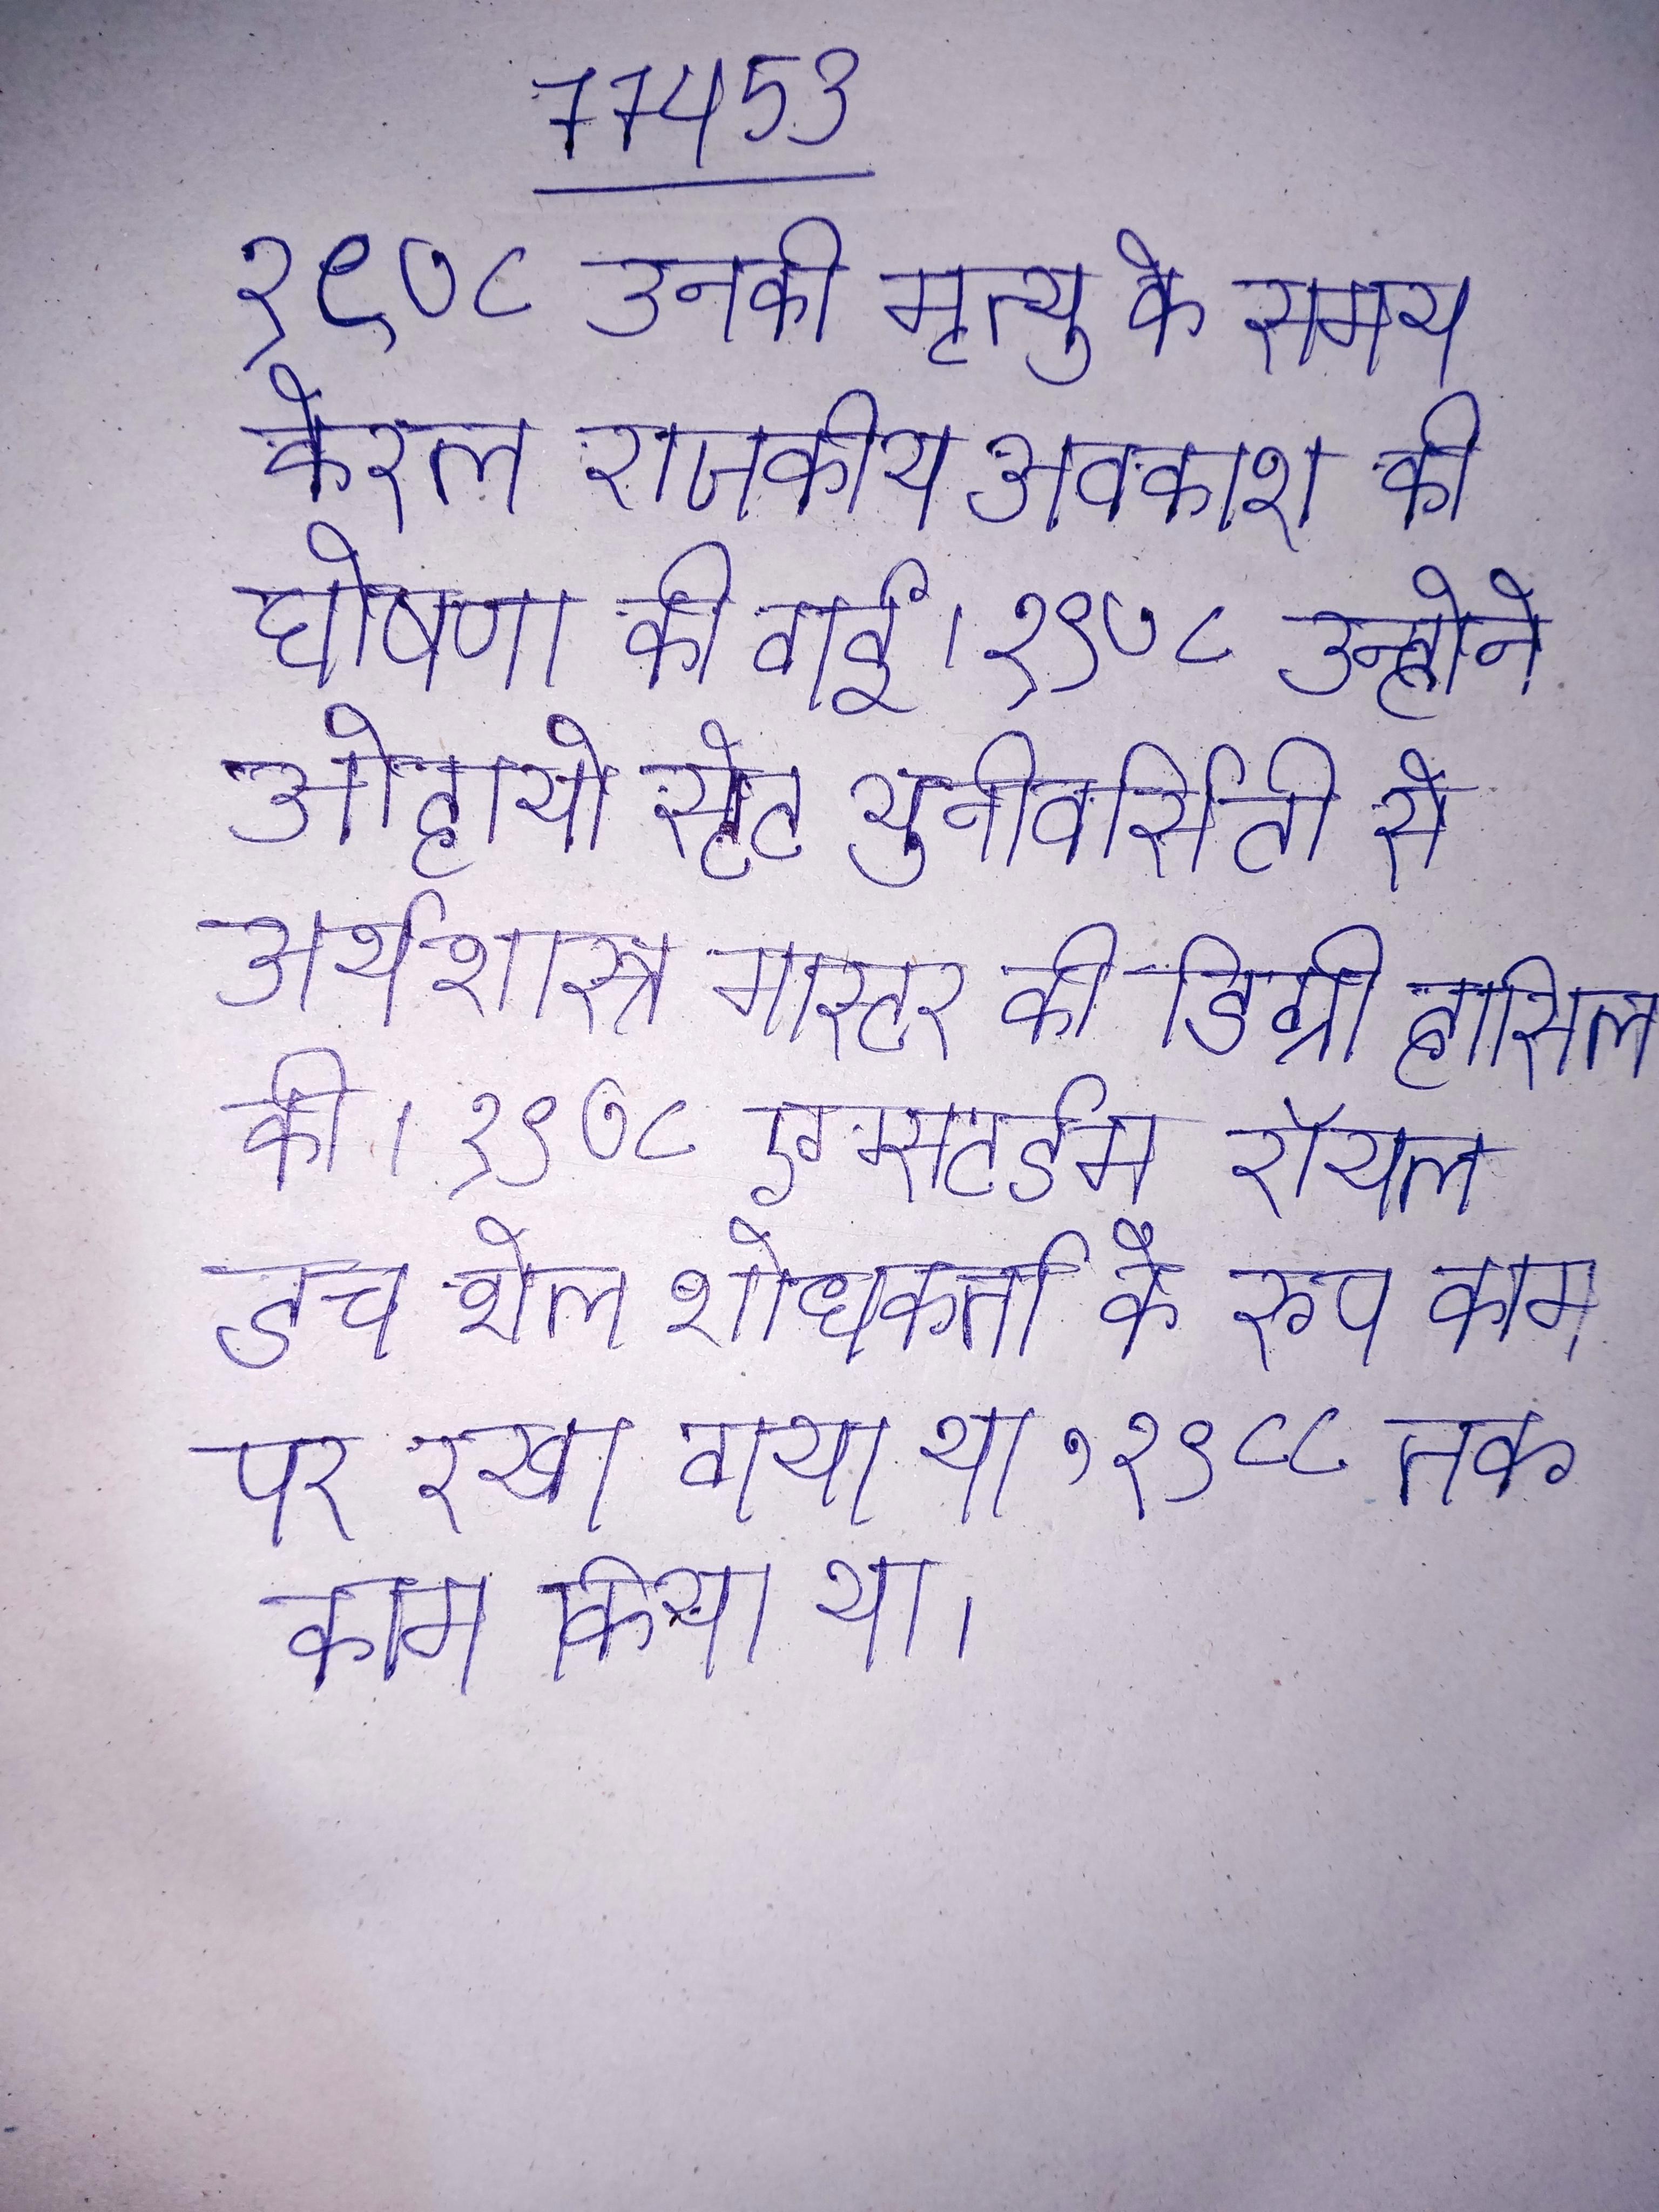
१९७८ उनकी मृत्यु के समय केरल राजकीय अवकाश की घोषणा की गई । १९७८ उन्होने ओहायो स्टेट युनीवर्सिटी से अर्थशास्त्र मास्टर की डिग्री हासिल की । १९७८ एम्स्टर्डम रॉयल डच शेल शोधकर्ता के रूप काम पर रखा गया था, १९८८ तक काम किया था ।